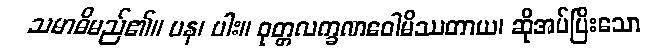
သမာဓိမည်၏။ ပန၊ ပါး။ ဝုတ္တလက္ခဏဝေါမိဿတာယ၊ ဆိုအပ်ပြီးသော